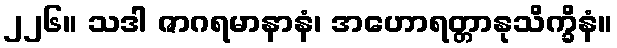
၂၂၆။ သဒါ ဇာဂရမာနာနံ၊ အဟောရတ္တာနုသိက္ခိနံ။